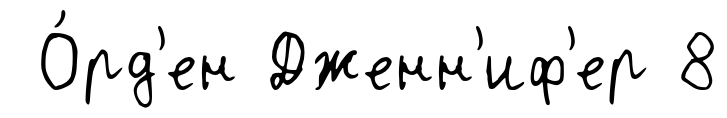
О́рд'ен Дженн'иф'ер 8